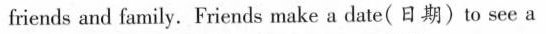
friends and family. Friends make a date(日期)to see a